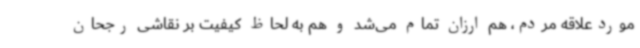
موردعلاقه‌ مردم، هم ارزان تمام می‌شد و هم به لحاظ کیفیت بر نقاشی رجحان